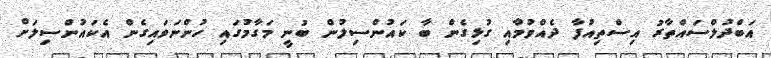
އަބްދުލްސައްތާރު އިސްތިއުފާ ދެއްވުމުާއި ގުޅިގެން ބާ ކައުންސިލުން ބުނީ މަގާމުގައި ހުންނަވައިގެން އެކައުންސިލަށް